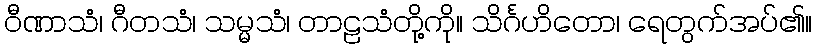
ဝီဏာသံ၊ ဂီတသံ၊ သမ္မသံ၊ တာဠသံတို့ကို။ သိင်္ဂဟိတော၊ ရေတွက်အပ်၏။